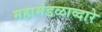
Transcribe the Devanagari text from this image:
महामंडळाव्दारे